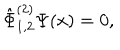
LaTeX: \hat { \Phi } _ { 1 , 2 } ^ { ( 2 ) } \Psi ( x ) = 0 ,